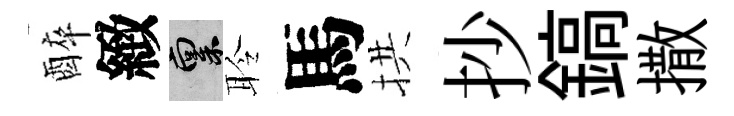
醉緻禀聆馬拱抄鎬撒